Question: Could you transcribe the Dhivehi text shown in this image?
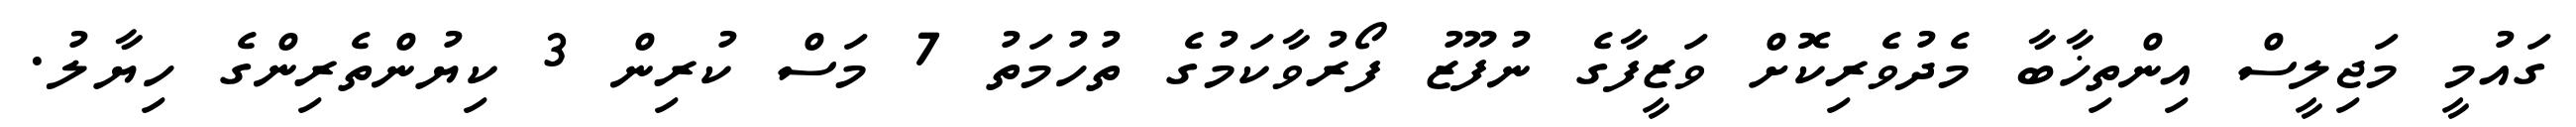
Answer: ގައުމީ މަޖިލީސް އިންތިޚާބާ މެދުވެރިކޮށް ވަޒީފާގެ ނުފޫޒު ފޯރުވާކަމުގެ ތުހުމަތު 7 މަސް ކުރިން 3 ކިޔުންތެރިންގެ ހިޔާލު.